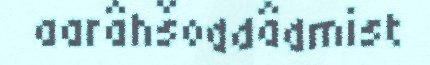
aarâhšoddâdmist